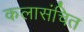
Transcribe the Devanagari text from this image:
कलासंचित